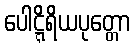
ပေါဋ္ဋိရိယပုတ္တော